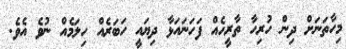
މިހާތަނަށް ދިން ހުރިހާ ތާރީހެއް ފަހަނައަޅާ ދިޔައީ ހަބަރެއް ހިލަމެއް ނުވެ އެވެ.